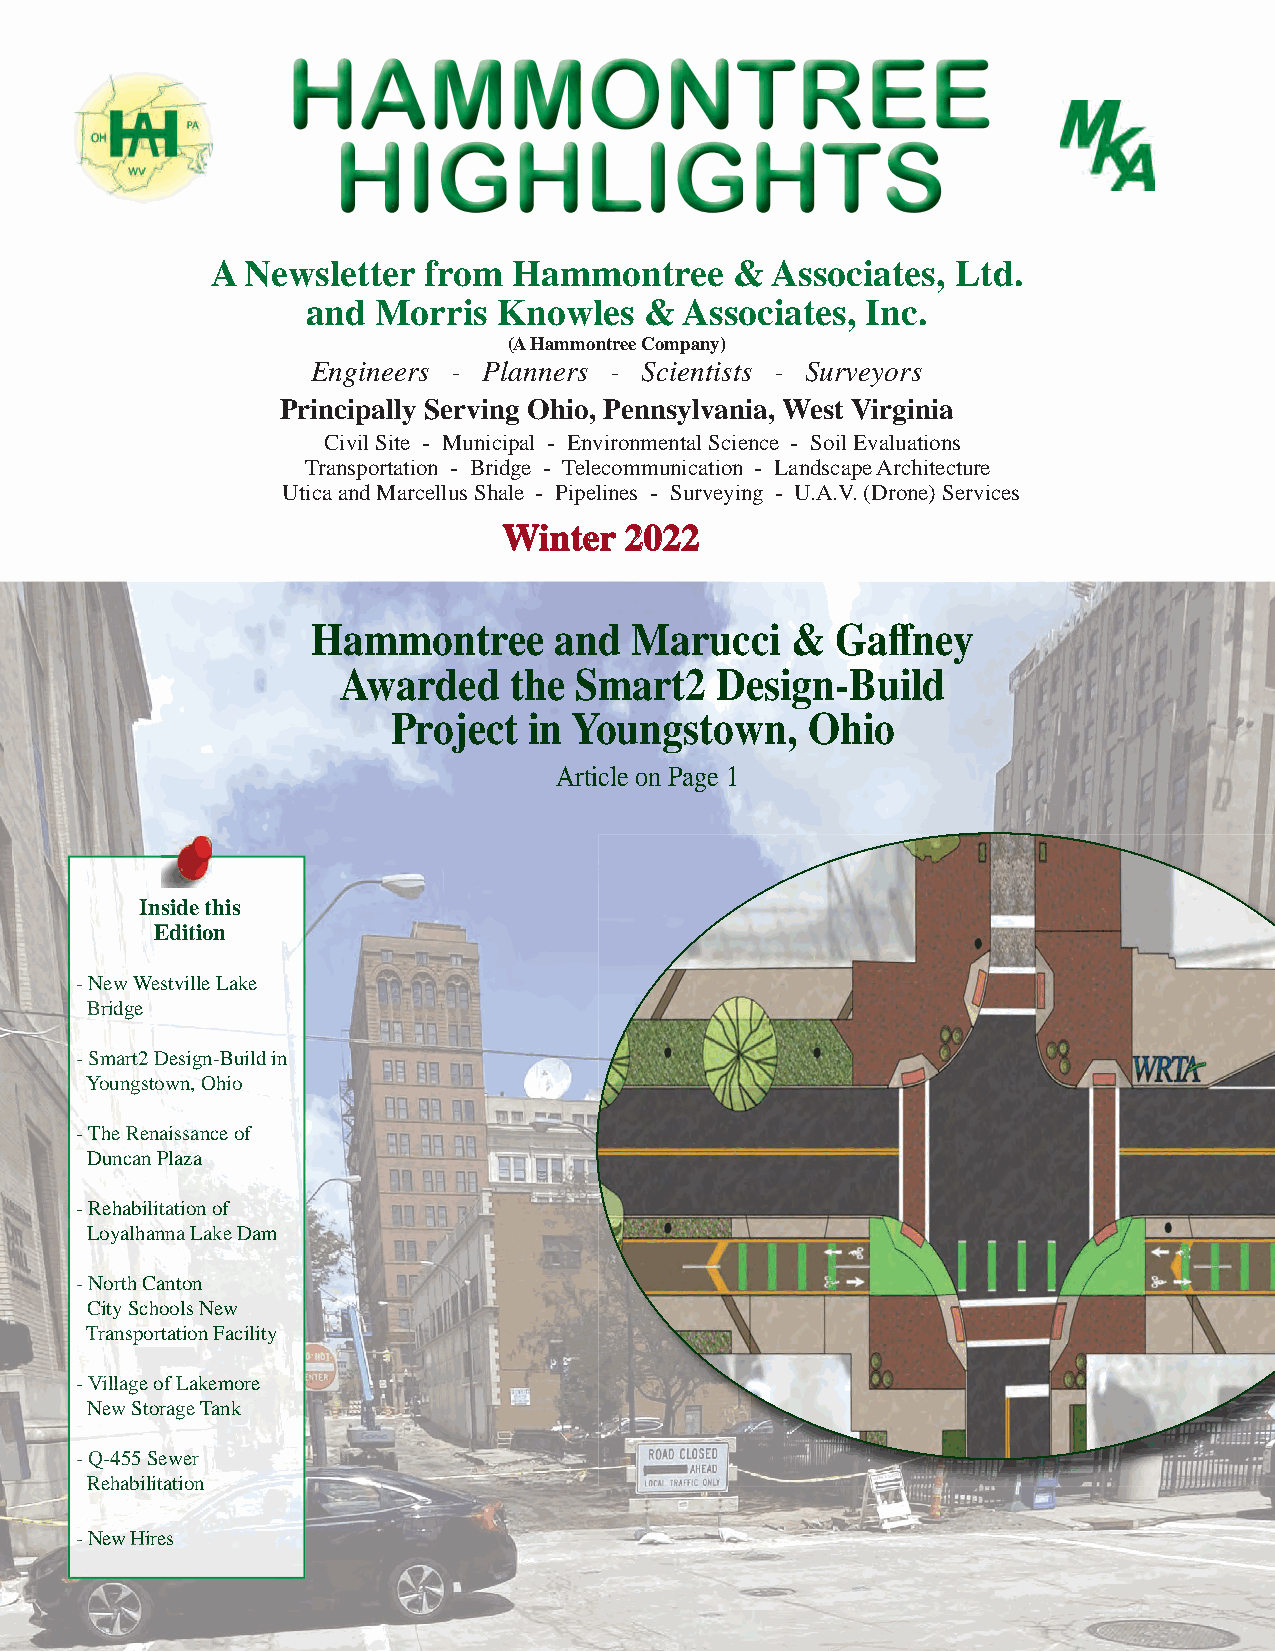
A Newsletter  from  Hammontree     & Associates, Ltd.
 and  Morris  Knowles   & Associates, Inc.
 (A Hammontree Company)
 Engineers - Planners - Scientists - Surveyors
 Principally Serving Ohio, Pennsylvania, West Virginia
 Civil Site - Municipal - Environmental Science - Soil Evaluations
 Transportation - Bridge - Telecommunication - Landscape Architecture
 Utica and Marcellus Shale - Pipelines - Surveying - U.A.V. (Drone) Services
 WWiinntteerr 22002222
 Hammontree      and  Marucci   &  Gaff ney
 Awarded    the Smart2   Design-Build
 Project  in Youngstown,    Ohio
 Article on Page 1
 IInnnsssiiidde this
 Eddiittion
 -NNNeeeewwwWWWWeeeessttvvilleLLaakkee
 BBBrrriiiidddggggeee
 --SSSmmmaaarrrrtttt2222DDDDDeessiiggnn--BBuuiilldd in
 YYYooouuunnngggssstttoooowwwwn, OOOhhhiiiooo
 - TTThhhheeee RRReeennnaaaaissssssaaannnce ooff
 DuuunnncccaaannnPPPlaaazzzzzaaaaa
 - Rehabiillliiiitttaaaatttiiooonnnof
 LLLoyalhannnnaaaLLLaaaakkkkeeee DDDam
 --NNNorrrtthhh CCCanton
 CCCityyySSSchhhoooooolls New
 TTTrrrannnssspppoorrttattiiiooonFFFacilityyy
 --VVViiillllllaaagggeeoffLLLaakemore
 NNNNeeeewww SSStttoraaaggggeee TTTTaank
 ---QQQ---444555555 SSSeeeeweeerrr
 RRReeehhhaaabbbbillliiiitttaatiooooonnnn
 ---NNNeeeewww HHiirreess